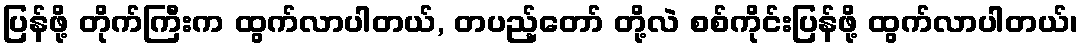
ပြန်ဖို့ တိုက်ကြီးက ထွက်လာပါတယ်, တပည့်တော် တို့လဲ စစ်ကိုင်းပြန်ဖို့ ထွက်လာပါတယ်၊